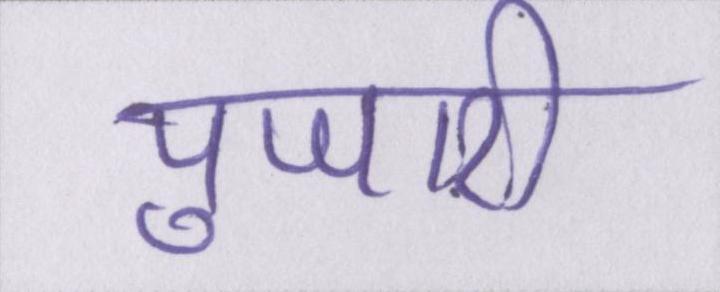
पुजारी